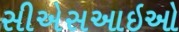
સીએસઆઇઓ